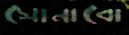
সোনাবো